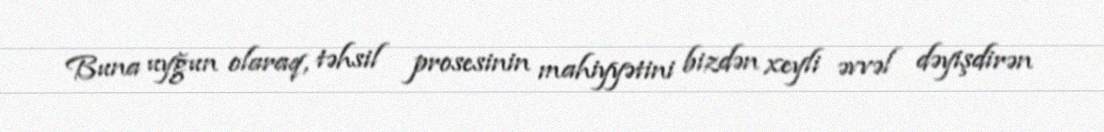
Buna uyğun olaraq, təhsil prosesinin mahiyyətini bizdən xeyli əvvəl dəyişdirən